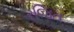
રજિત